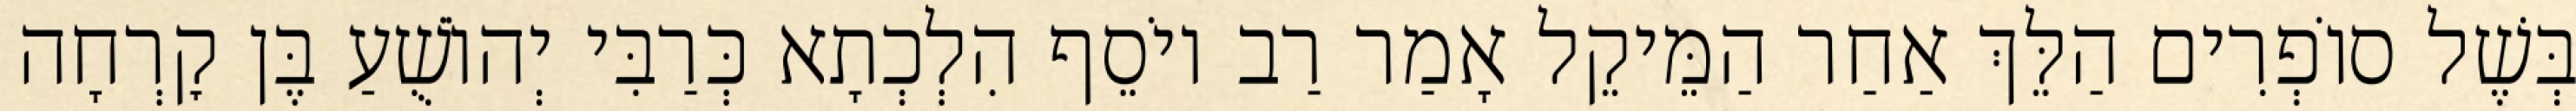
בְּשֶׁל סוֹפְרִים הַלֵּךְ אַחַר הַמֵּיקֵל אָמַר רַב יוֹסֵף הִלְכְתָא כְּרַבִּי יְהוֹשֻׁעַ בֶּן קׇרְחָה